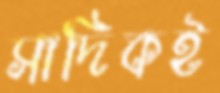
সাদিকই